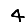
Digit: 4